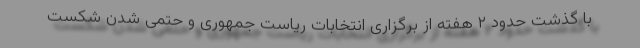
با گذشت حدود ۲ هفته از برگزاری انتخابات ریاست جمهوری و حتمی شدن شکست